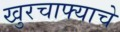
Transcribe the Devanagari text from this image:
खुरचाफ्याचे